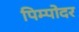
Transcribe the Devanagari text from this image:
पिम्पोदर